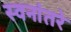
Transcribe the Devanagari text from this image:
स्वनांतरे